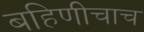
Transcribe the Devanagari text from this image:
बहिणीचाच